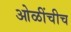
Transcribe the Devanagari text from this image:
ओळींचीच